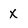
Character: X